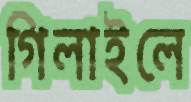
গিলাইলে